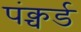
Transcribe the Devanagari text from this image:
पंक्चर्ड